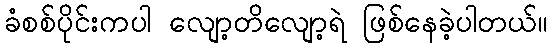
ခံစစ်ပိုင်းကပါ လျော့တိလျော့ရဲ ဖြစ်နေခဲ့ပါတယ်။